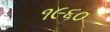
૧૯૬૦